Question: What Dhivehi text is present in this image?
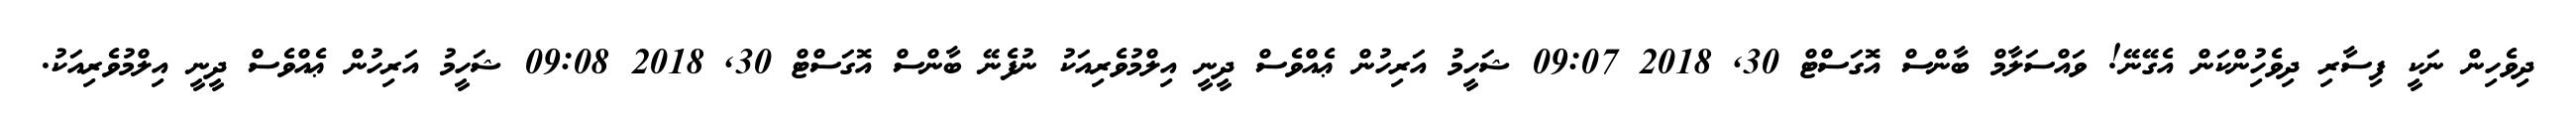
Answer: ދިވެހިން ނަކީ ފިސާރި ދިވެހުިންކަން އެގޭނޭ! ވައްސަލާމް ބާންސް އޮގަސްޓް 30, 2018 09:07 ޝަހީމު އަރިހުން ޢެއްވެސް ދީނީ އިލްމުވެރިއަކު ނުފެނޭ ބާންސް އޮގަސްޓް 30, 2018 09:08 ޝަހީމު އަރިހުން ޢެއްވެސް ދީނީ އިލްމުވެރިއަކު.